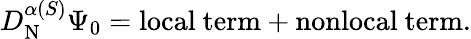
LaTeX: D_{\mathrm{N}}^{\alpha(S)}\Psi_{0}=\mathrm{{local\ term+nonlocal\ term}.}